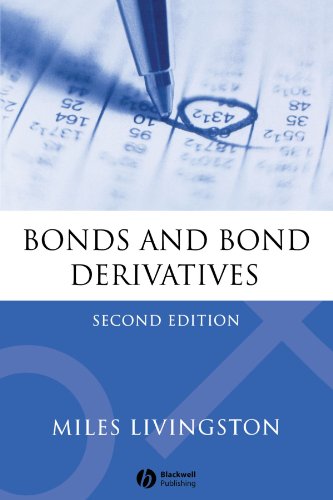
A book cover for Bonds and Bond Derivatives; Miles Livingston; Business & Money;